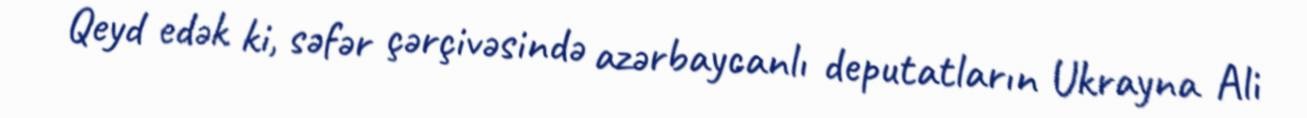
Qeyd edək ki, səfər çərçivəsində azərbaycanlı deputatların Ukrayna Ali